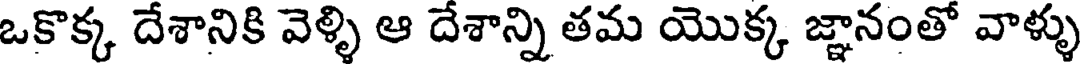
ఒకొక్క దేశానికి వెళ్ళి ఆ దేశాన్ని తమ యొక్క జ్ఞానంతో వాళ్ళు